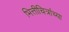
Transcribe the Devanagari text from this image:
भित्तीचित्रांच्या